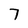
Character: 7